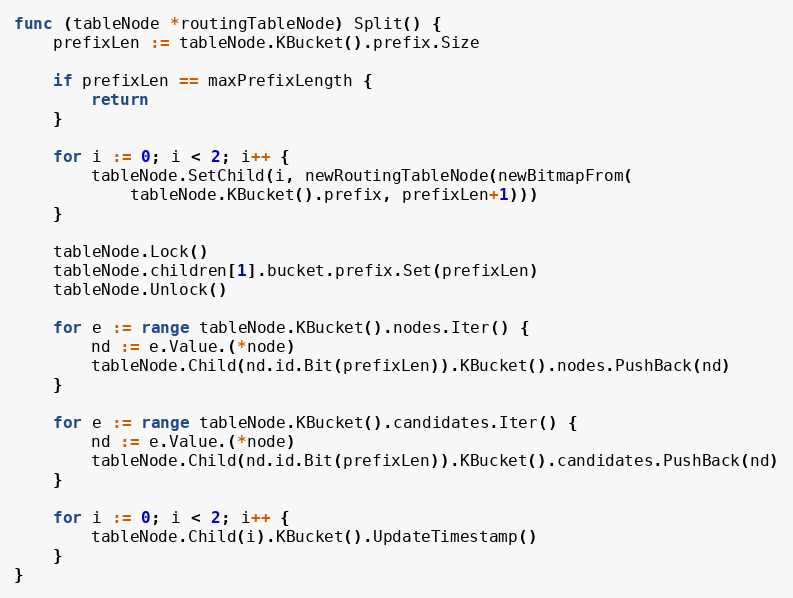
Language: Go
func (tableNode *routingTableNode) Split() {
	prefixLen := tableNode.KBucket().prefix.Size

	if prefixLen == maxPrefixLength {
		return
	}

	for i := 0; i < 2; i++ {
		tableNode.SetChild(i, newRoutingTableNode(newBitmapFrom(
			tableNode.KBucket().prefix, prefixLen+1)))
	}

	tableNode.Lock()
	tableNode.children[1].bucket.prefix.Set(prefixLen)
	tableNode.Unlock()

	for e := range tableNode.KBucket().nodes.Iter() {
		nd := e.Value.(*node)
		tableNode.Child(nd.id.Bit(prefixLen)).KBucket().nodes.PushBack(nd)
	}

	for e := range tableNode.KBucket().candidates.Iter() {
		nd := e.Value.(*node)
		tableNode.Child(nd.id.Bit(prefixLen)).KBucket().candidates.PushBack(nd)
	}

	for i := 0; i < 2; i++ {
		tableNode.Child(i).KBucket().UpdateTimestamp()
	}
}